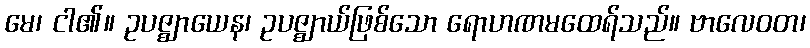
မေ၊ ငါ၏။ ဥပဇ္ဈာယေန၊ ဥပဇ္ဈာယ်ဖြစ်သော ရောဟဏမထေရ်သည်။ ဗာလေဝတ၊